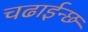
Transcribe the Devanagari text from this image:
चढाईन्छ